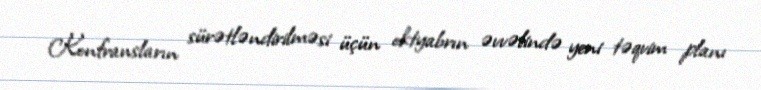
Konfransların sürətləndirilməsi üçün oktyabrın əvvəlində yeni təqvim planı